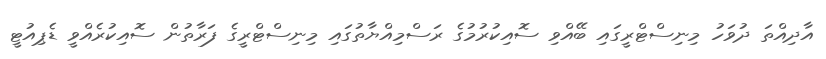
އާދިއްތަ ދުވަހު މިނިސްޓްރީގައި ބޭއްވި ސޮއިކުރުމުގެ ރަސްމިއްޔާތުގައި މިނިސްޓްރީގެ ފަރާތުން ސޮއިކުރެއްވީ ޑެޕިއުޓީ